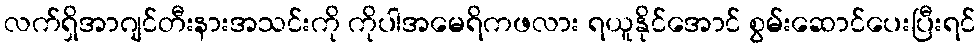
လက်ရှိအာဂျင်တီးနားအသင်းကို ကိုပါအမေရိကဖလား ရယူနိုင်အောင် စွမ်းဆောင်ပေးပြီးရင်